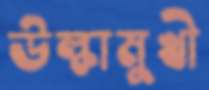
উল্কামুখী